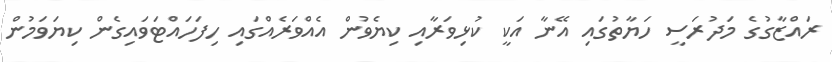
ރައްޒާގުގެ މަދުރަަސީ ހަޔާތުގައި އޭނާ އަކީ ކުޅިވަރާއި ކިޔެވުން އެއްވަރެއްގައި ހިފަހައްޓަވައިގެން ކިޔަވަމުން